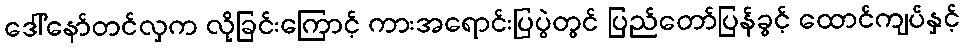
ဒေါ်နော်တင်လှက လိုခြင်းကြောင့် ကားအရောင်းပြပွဲတွင် ပြည်တော်ပြန်ခွင့် ထောင်ကျပ်နှင့်